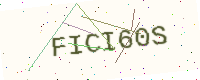
Text: FICI60S